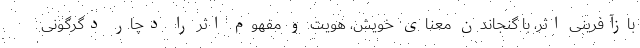
بازآفرینی اثر، با گنجاندن معنای خویش، هویت و مفهوم اثر را دچار دگرگونی